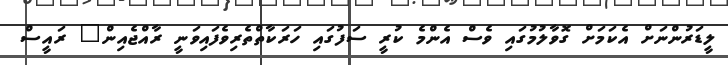
ލީޑަރުންނަށް އެކަމަށް ގޮވާލުމުގައި ވެސް އެންމެ ކުރީ ސަފުގައި ހަރަކާތްތެރިވެފައިވަނީ ރާއްޖެއިން" ރައީސް